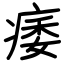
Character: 痿